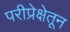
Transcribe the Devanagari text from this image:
परीप्रेक्षेतून